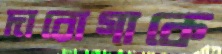
দারোগাকে